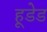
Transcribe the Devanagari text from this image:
हूडेड